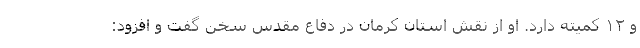
و ۱۲ کمیته دارد. او از نقش استان کرمان در دفاع مقدس سخن گفت و افزود: